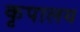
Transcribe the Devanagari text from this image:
कृपालय